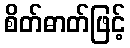
စိတ်ဓာတ်ဖြင့်